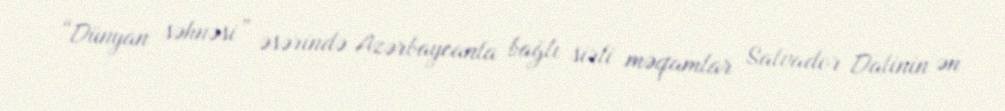
“Dünyan səhnəsi” əsərində Azərbaycanla bağlı sirli məqamlar Salvador Dalinin ən